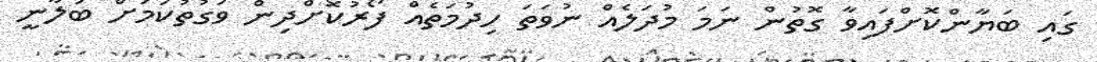
ގައި ބަޔާންކޮށްފައިވާ ގޮތުން ނަމަ މުދަލެއް ނުވަތަ ހިދުމަތެއް ފޯރުކޮށްދިން ވަގުތުކަމަށް ބަލާނީ